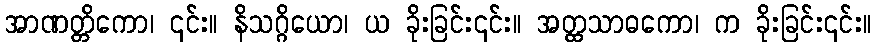
အာဏတ္တိကော၊ ၎င်း။ နိသဂ္ဂိယော၊ ယ ခိုးခြင်း၎င်း။ အတ္ထသာဓကော၊ က ခိုးခြင်း၎င်း။